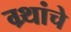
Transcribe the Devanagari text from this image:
ग्र्थांचे